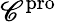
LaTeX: \mathscr{C}^{\mathrm{{pro}}}